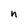
Character: n